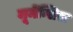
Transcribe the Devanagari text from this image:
मूमेंन्सिस